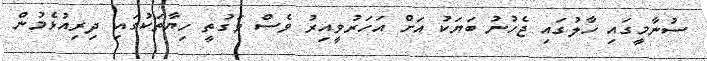
ސުނާމީގައި ހާލުގައި ޖެހުނު ބަޔަކު އަށް އަހަރުވީއިރު ވެސް ވަގުތީ ހިޔާތަކުގައި ދިރިއުޅެމުން